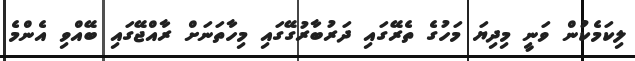
ލިކަމެކުން ވަނީ މިދިޔަ މަހުގެ ތެރޭގައި ދަރުބާރުގޭގައި މިހާތަނަށް ރާއްޖޭގައި ބޭއްވި އެންމެ